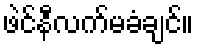
ဖဲင်နီလက်မခံချင်။